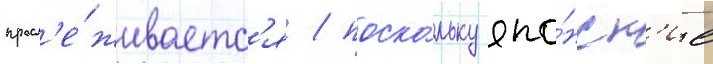
просл'е́живаетс'я / поско́льку япо́нск'ие